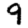
Digit: 9